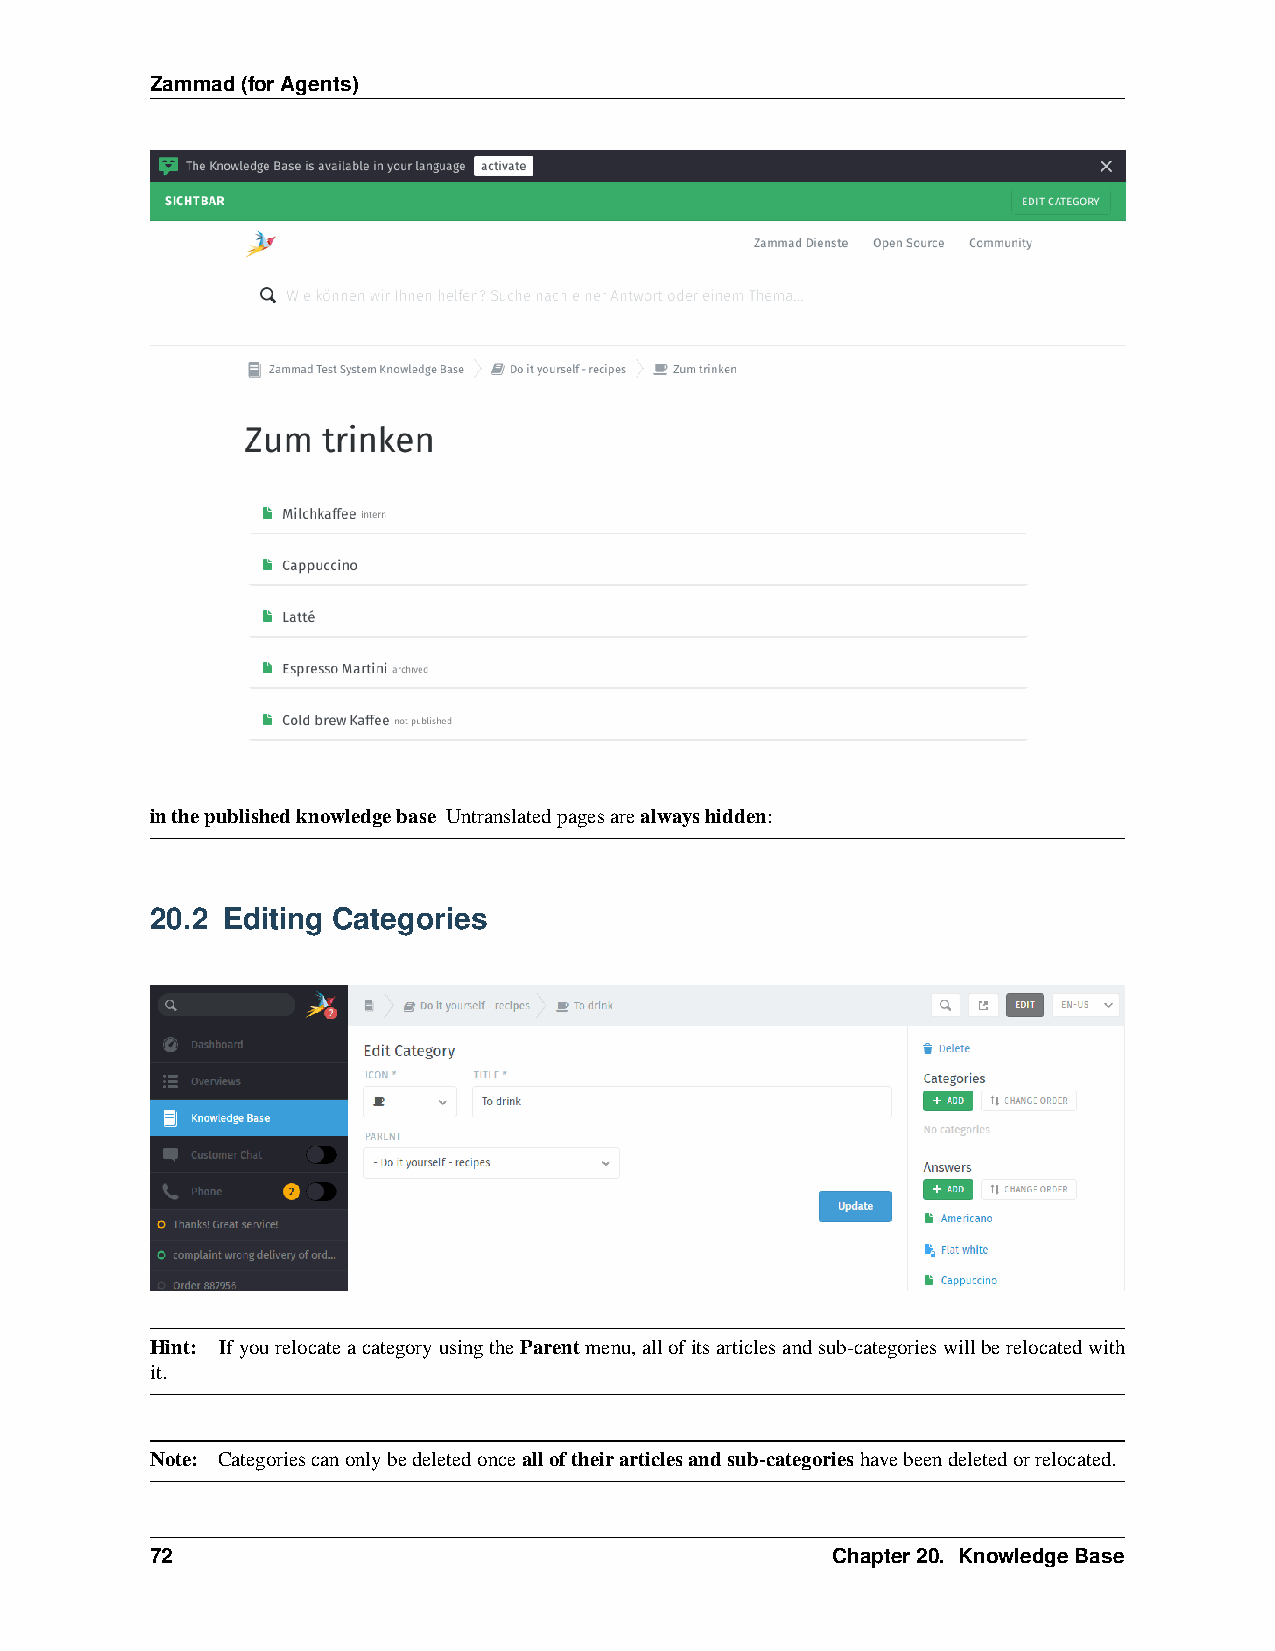
Zammad(forAgents)
 inthepublishedknowledgebase Untranslatedpagesarealwayshidden:
 20.2 Editing Categories
 Hint: IfyourelocateacategoryusingtheParentmenu,allofitsarticlesandsub-categorieswillberelocatedwith
 it.
 Note: Categoriescanonlybedeletedoncealloftheirarticlesandsub-categorieshavebeendeletedorrelocated.
 72                                           Chapter20. KnowledgeBase